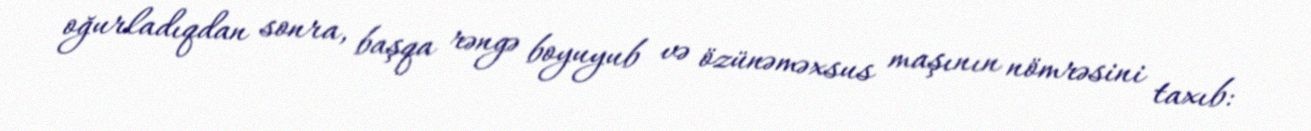
oğurladıqdan sonra, başqa rəngə boyuyub və özünəməxsus maşının nömrəsini taxıb: